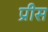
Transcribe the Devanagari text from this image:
प्रीस